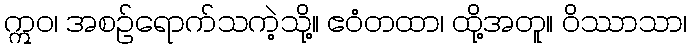
ဣဝ၊ အစဉ်ရောက်သကဲ့သို့။ ဧဝံတထာ၊ ထို့အတူ။ ဝိဿာသာ၊